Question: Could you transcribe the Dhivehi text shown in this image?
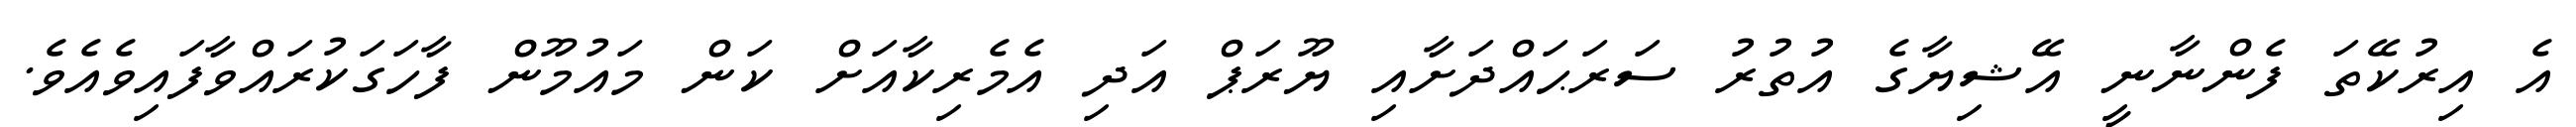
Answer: އެ އިރުކޭތަ ފެންނާނީ އޭޝިޔާގެ އުތުރު ސަރަޙައްދަށާއި ޔޫރަޕް އަދި އެމެރިކާއަށް ކަން މައުމޫން ފާހަގަކުރައްވާފައިވެއެވެ.